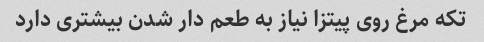
تکه مرغ روی پیتزا نیاز به طعم دار شدن بیشتری دارد